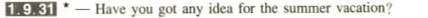
1.9.31 -Have you got any idea for the summer vacation?